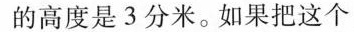
的高度是3分米。如果把这个